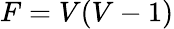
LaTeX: F=V(V-1)